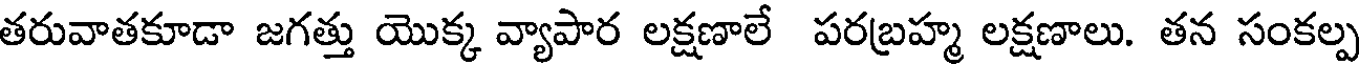
తరువాతకూడా జగత్తు యొక్క వ్యాపార లక్షణాలే పరబ్రహ్మ లక్షణాలు. తన సంకల్ప